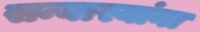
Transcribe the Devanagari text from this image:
सन्यास्यांना